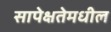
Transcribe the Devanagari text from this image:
सापेक्षतेमधील